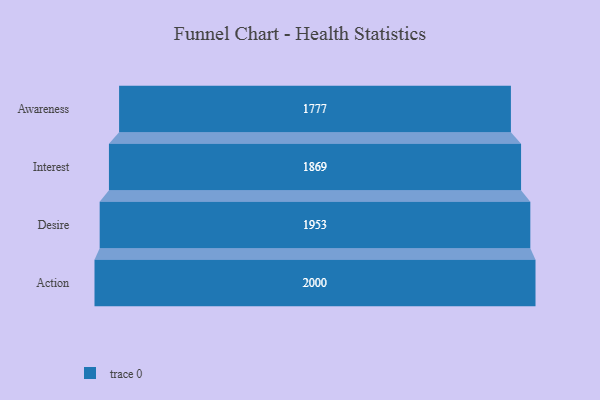
{"axis": {"x": "Stage", "y": "Value"}, "legend": [""], "data": [{"x": "Awareness", "y": 1777.0, "type": ""}, {"x": "Interest", "y": 1869.0, "type": ""}, {"x": "Desire", "y": 1953.0, "type": ""}, {"x": "Action", "y": 2000, "type": ""}]}